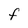
Character: F